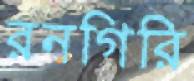
রনগিরি